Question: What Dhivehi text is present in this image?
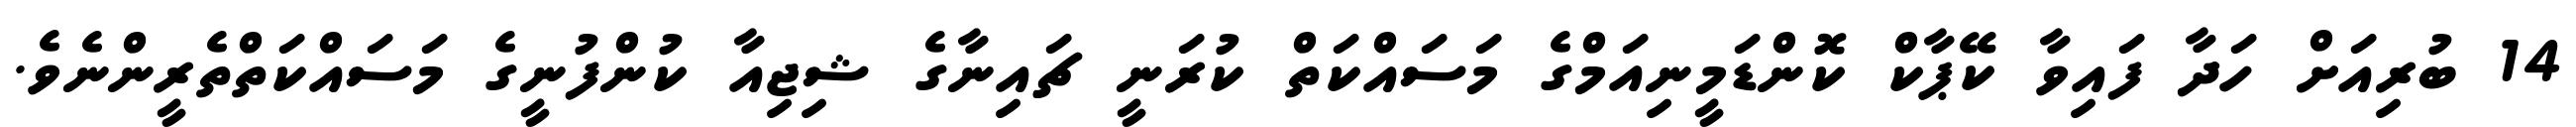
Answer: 14 ބުރިއަށް ހަދާ ފައިވާ ކޭޕާކް ކޮންޑަމީނިއަމްގެ މަސައްކަތް ކުރަނީ ޗައިނާގެ ޝިޖިއާ ކުންފުނީގެ މަސައްކަތްތެރީންނެވެ.